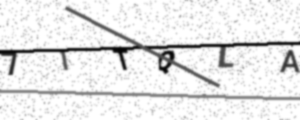
Text: 7ITQLA